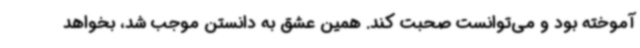
آموخته بود و می‌توانست صحبت کند. همین عشق به دانستن موجب شد، بخواهد